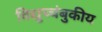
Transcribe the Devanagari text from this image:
विद्युच्चंबुकीय